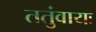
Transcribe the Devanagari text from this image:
ततुंवायः